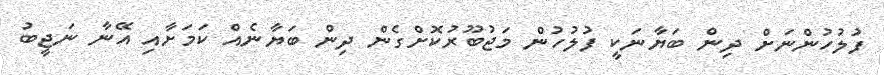
ފުލުހުންނަށް ދިން ބަޔާނަކީ ފުލުހުން މަޖުބޫރުކޮށްގެން ދިން ބަޔާނެއް ކަމަށާއި އޭނާ ނަޖީބު